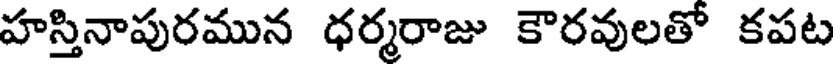
హస్తినాపురమున ధర్మరాజు కౌరవులతో కపట